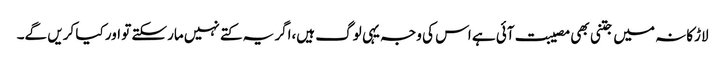
لاڑکانہ میں جتنی بھی مصیبت آئی ہے اس کی وجہ یہی لوگ ہیں،اگر یہ کتے نہیں مارسکتے تو اور کیا کریں گے۔